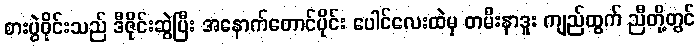
စားပွဲဝိုင်းသည် ဒီဇိုင်းဆွဲပြီး အနောက်တောင်ပိုင်း ပေါင်လေးထဲမှ တမီးနာဒူး ကျည်ထွက် ညီတို့တွင်